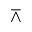
\barwedge